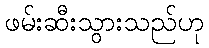
ဖမ်းဆီးသွားသည်ဟု